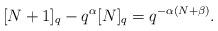
LaTeX: \begin{align*}[N+1]_q - q^\alpha [N]_q = q^{-\alpha (N +\beta) } . \end{align*}